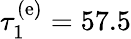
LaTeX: \tau_{1}^{(\mathrm{e)}}=57.5